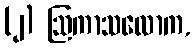
(၂) ဩကာသလောက,